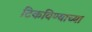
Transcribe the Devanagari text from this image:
टिकविण्याच्या